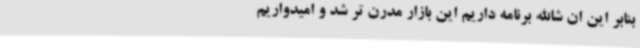
بنابر این ان شاالله برنامه داریم این بازار مدرن تر شد و امیدواریم